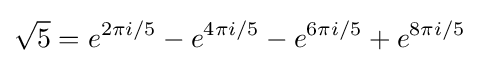
{\sqrt {5}}=e^{2\pi i/5}-e^{4\pi i/5}-e^{6\pi i/5}+e^{8\pi i/5}